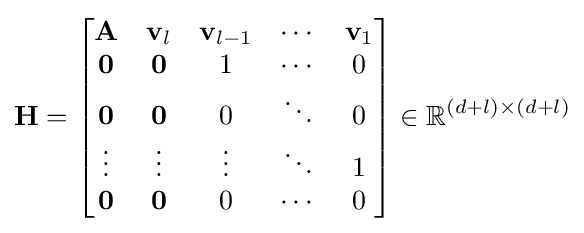
\mathbf {H} ={\begin{bmatrix}\mathbf {A} &\mathbf {v} _{l}&\mathbf {v} _{l-1}&\cdots &\mathbf {v} _{1}\\\mathbf {0} &\mathbf {0} &1&\cdots &0\\\mathbf {0} &\mathbf {0} &0&\ddots &0\\\vdots &\vdots &\vdots &\ddots &1\\\mathbf {0} &\mathbf {0} &0&\cdots &0\end{bmatrix}}\in \mathbb {R} ^{(d+l)\times (d+l)}